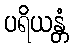
ပရိယန္တံ